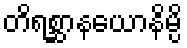
တိရစ္ဆာနယောနိမ္ပိ